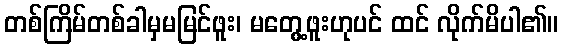
တစ်ကြိမ်တစ်ခါမှမမြင်ဖူး၊ မတွေ့ဖူးဟုပင် ထင် လိုက်မိပါ၏။